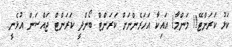
ކަޅު ކަރަންޓޭ!! މަންމާ! އައިކާ އަހަރެންނަށް ކަރަންޓް ބޯންދީ ކަރަންޓް ޖައްސަން އުޅެނީ..